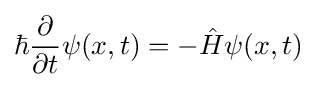
\hbar {\frac {\partial }{\partial t}}\psi (x,t)=-{\hat {H}}\psi (x,t)